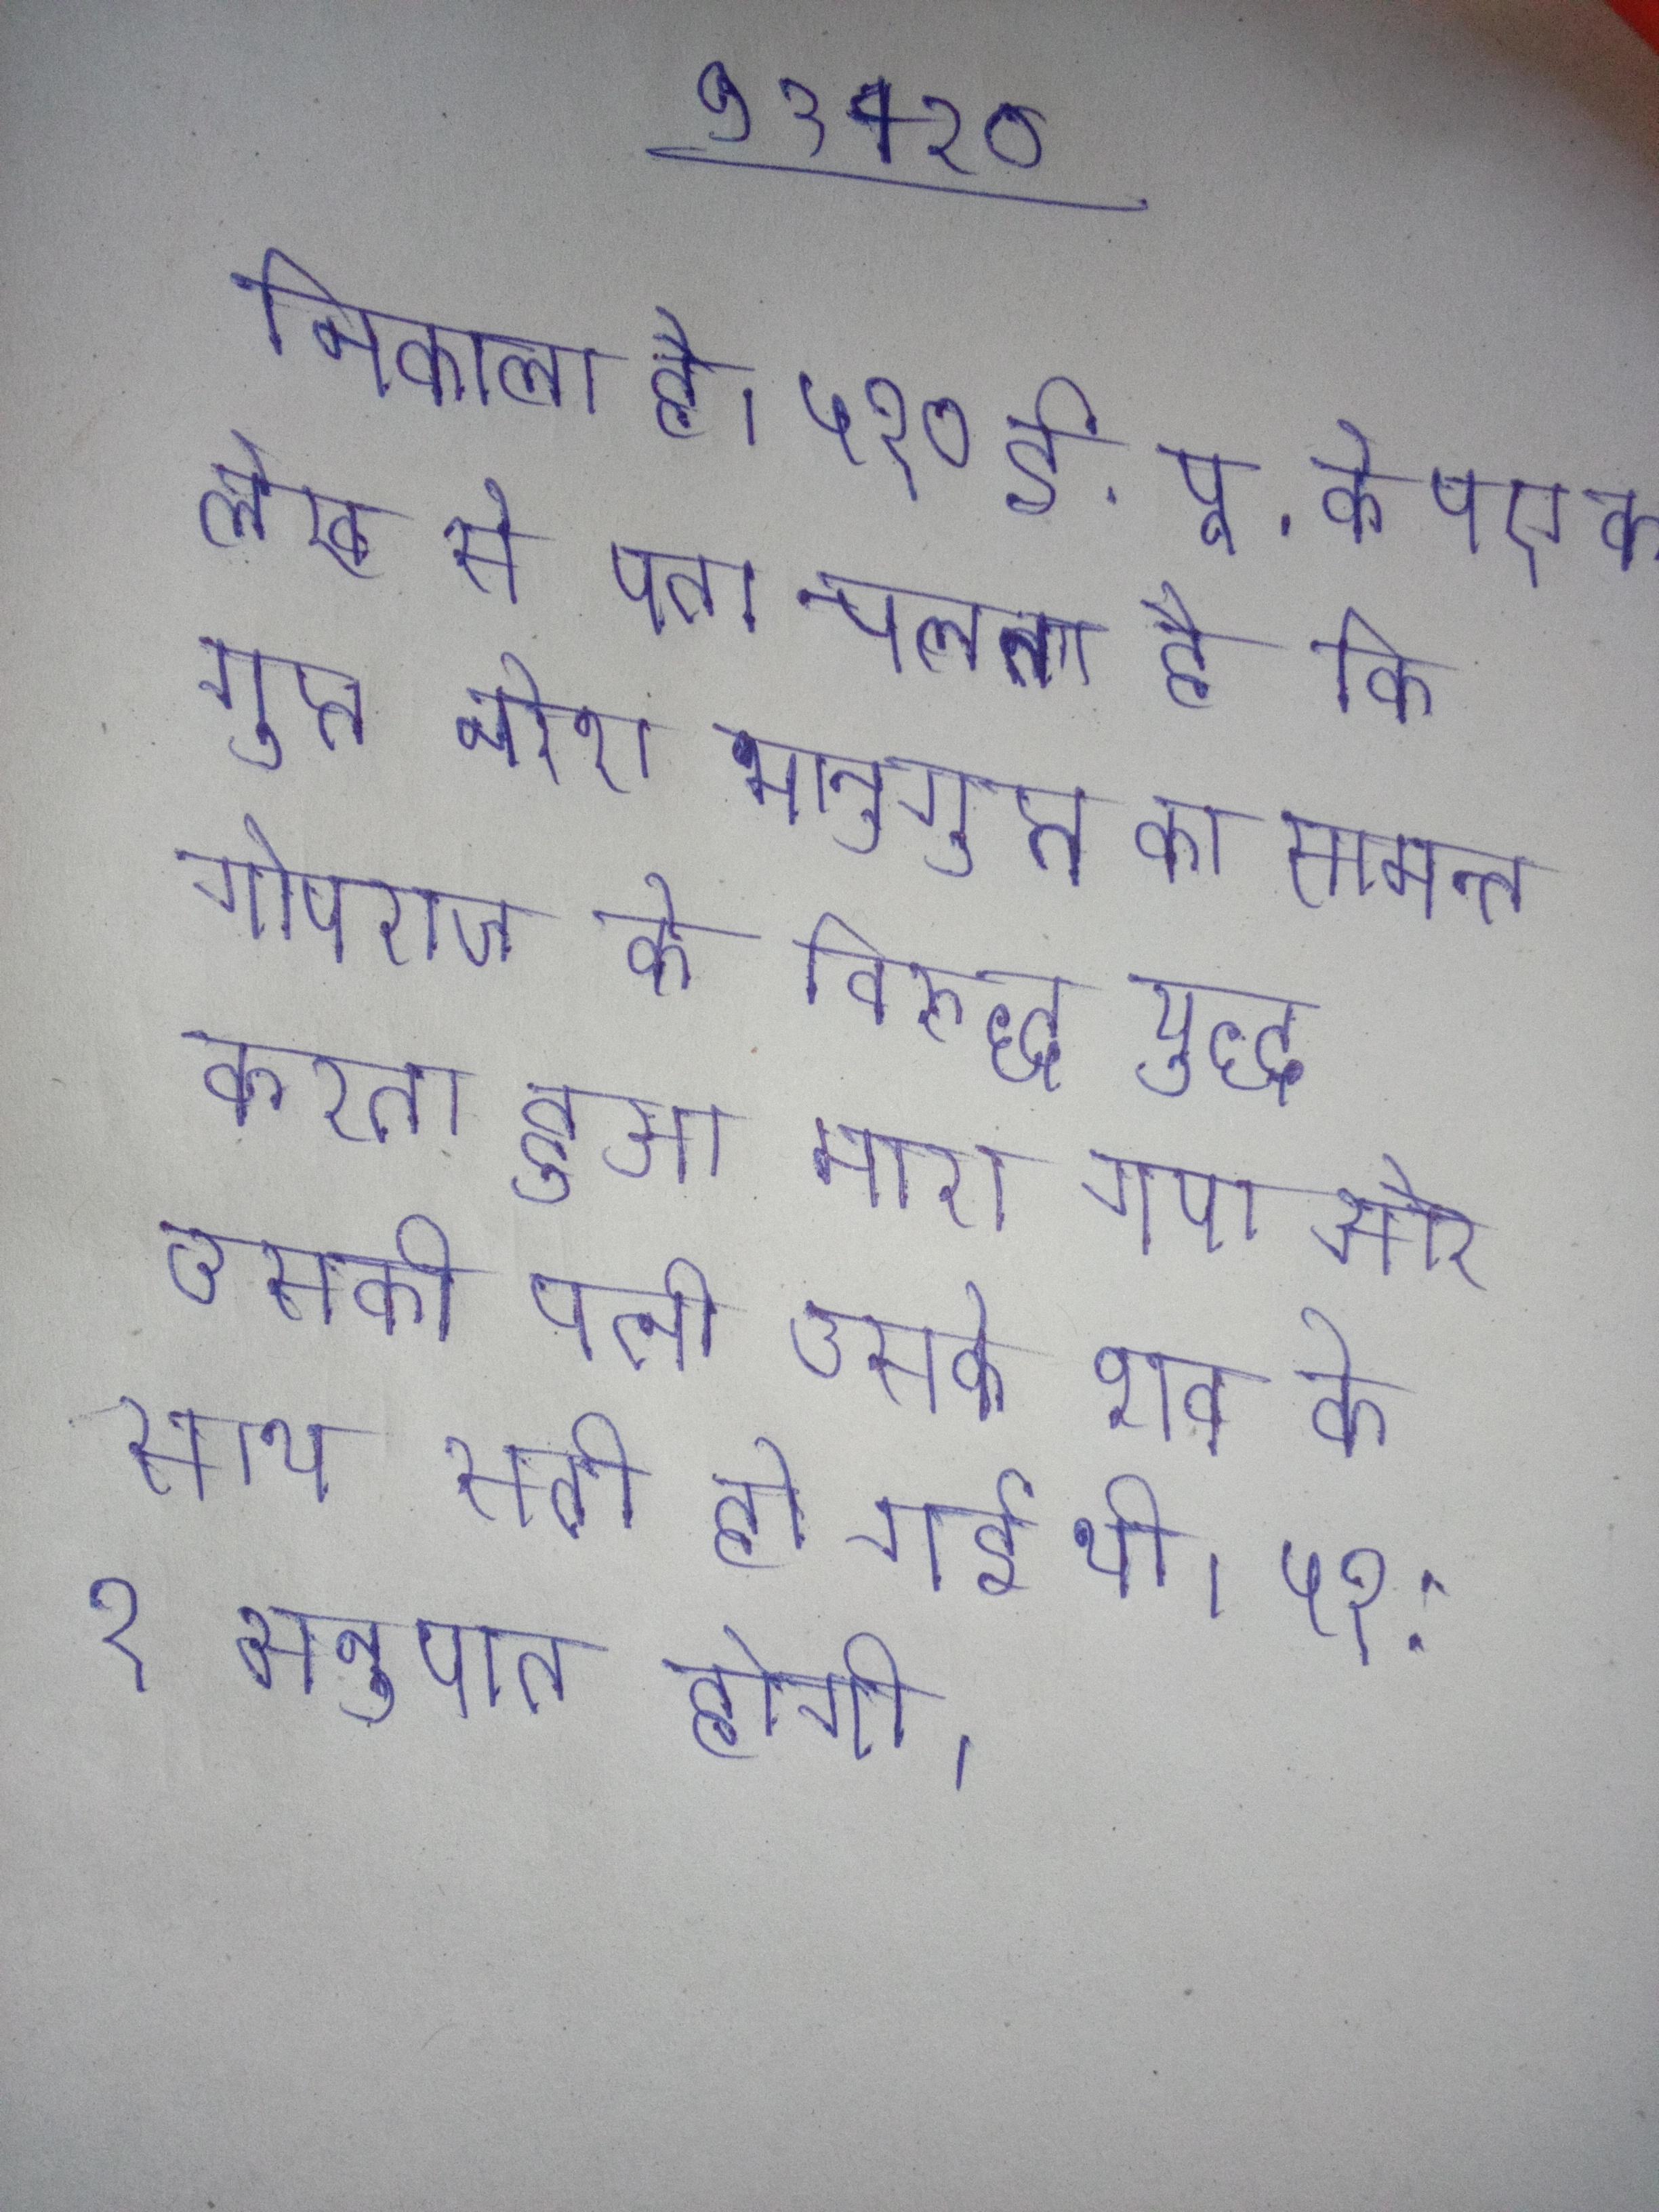
निकाला है । ५१० ई.पू. के एक लेख से पता चलता है कि गुप्त नरेश भानुगुप्त का सामन्त गोपराज के विरुद्ध युद्ध करता हुआ मारा गया और उसकी पत्नी उसके शव के साथ सती हो गई थी । ५१: १ अनुपात होगी ।